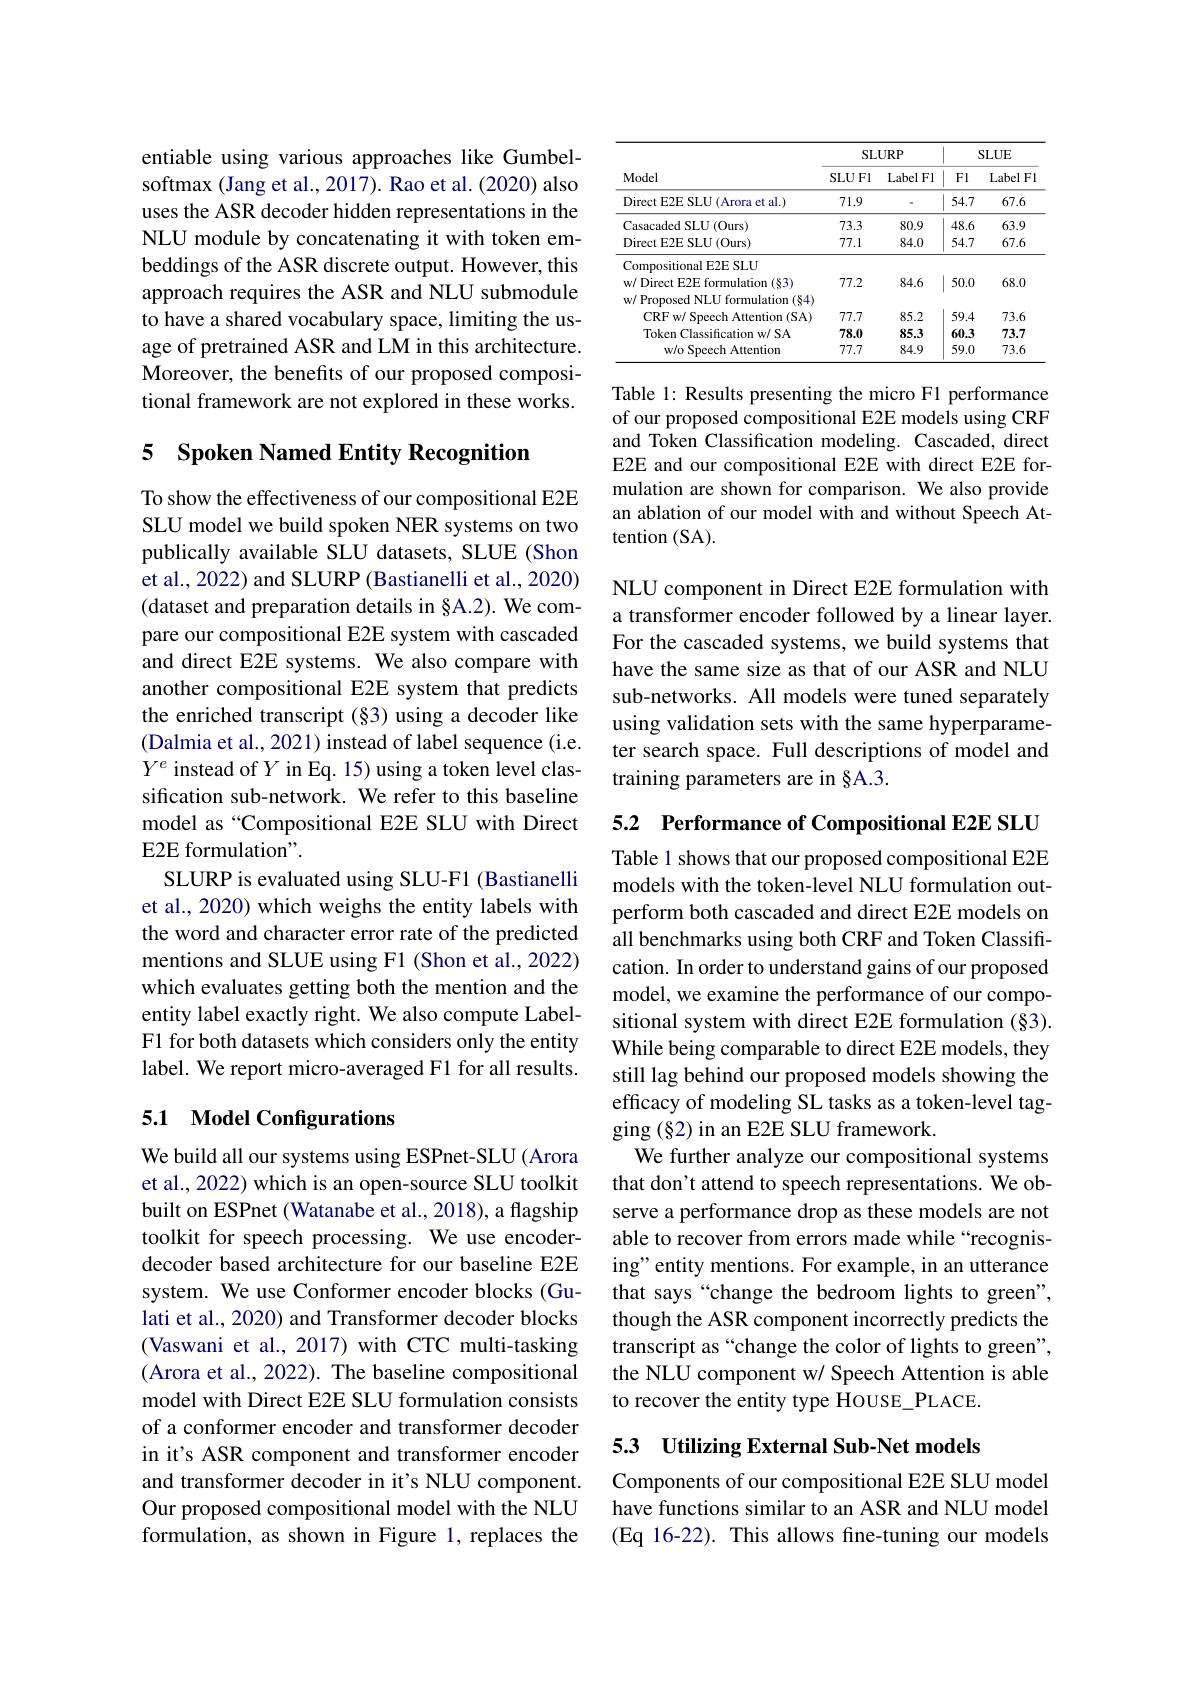
entiable using various approaches like Gumbelsoftmax (Jang et al., 2017). Rao et al. (2020) also uses the ASR decoder hidden representations in the NLU module by concatenating it with token embeddings of the ASR discrete output. However, this approach requires the ASR and NLU submodule to have a shared vocabulary space, limiting the usage of pretrained ASR and LM in this architecture. Moreover, the benefits of our proposed compositional framework are not explored in these works.

## 5 Spoken Named Entity Recognition

To show the effectiveness of our compositional E2E SLU model we build spoken NER systems on two publically available SLU datasets, SLUE (Shon et al., 2022) and SLURP (Bastianelli et al., 2020) (dataset and preparation details in §A.2). We compare our compositional E2E system with cascaded and direct E2E systems. We also compare with another compositional E2E system that predicts the enriched transcript (§3) using a decoder like (Dalmia et al., 2021) instead of label sequence (i.e. $Y^e$ instead of $Y$ in Eq. 15) using a token level classification sub-network. We refer to this baseline model as“Compositional E2E SLU with Direct E2E formulation".
SLURP is evaluated using SLU-F1 (Bastianelli et al., 2020) which weighs the entity labels with the word and character error rate of the predicted mentions and SLUE using F1 (Shon et al., 2022) which evaluates getting both the mention and the entity label exactly right. We also compute LabelF1 for both datasets which considers only the entity label. We report micro-averaged F1 for all results.

## 5.1 Model Configurations

We build all our systems using ESPnet-SLU (Arora et al., 2022) which is an open-source SLU toolkit built on ESPnet (Watanabe et al., 2018), a flagship toolkit for speech processing. We use encoderdecoder based architecture for our baseline E2E system. We use Conformer encoder blocks (Gulati et al., 2020) and Transformer decoder blocks (Vaswani et al., 2017) with CTC multi-tasking (Arora et al., 2022). The baseline compositional model with Direct E2E SLU formulation consists of a conformer encoder and transformer decoder in it's ASR component and transformer encoder and transformer decoder in it's NLU component. Our proposed compositional model with the NLU formulation, as shown in Figure 1, replaces the

<table>
	<tbody>
		<tr>
			<th rowspan="2">Model</th>
			<th colspan="2">$SLURP$</th>
			<th colspan="2">$SLUE$</th>
		</tr>
		<tr>
			<th>SLUFl</th>
			<th>LabelFl</th>
			<th>FI</th>
			<th>LabelFl</th>
		</tr>
		<tr>
			<td>Direct E2E SLU (Arora et al.)</td>
			<td>71.9</td>
			<td> </td>
			<td>54.7</td>
			<td>67.6</td>
		</tr>
		<tr>
			<td>Casacaded S SLU(0urs)</td>
			<td>73.3</td>
			<td>80.9</td>
			<td>48.6</td>
			<td>63.9</td>
		</tr>
		<tr>
			<td>Direct E2E SLU (Ours)</td>
			<td>77.1</td>
			<td>84.0</td>
			<td>54.7</td>
			<td>67.6</td>
		</tr>
		<tr>
			<td>Compositional E2E SLU</td>
			<td> </td>
			<td> </td>
			<td> </td>
			<td> </td>
		</tr>
		<tr>
			<td>w/ Direct E2E formulation (§3)</td>
			<td>77.2</td>
			<td>84.6</td>
			<td>50.0</td>
			<td>68.0</td>
		</tr>
		<tr>
			<td>w/ Proposed NLU formulation (§4)</td>
			<td> </td>
			<td> </td>
			<td> </td>
			<td> </td>
		</tr>
		<tr>
			<td>CRF w/ Speech Attention (SA)</td>
			<td>77.7</td>
			<td>85.2</td>
			<td>59.4</td>
			<td>73.6</td>
		</tr>
		<tr>
			<td>Token Classification w/ SA</td>
			<td>78.0</td>
			<td>85.3</td>
			<td>60.3</td>
			<td>73.7</td>
		</tr>
		<tr>
			<td>w/o Speech Attention</td>
			<td>77.7</td>
			<td>84.9</td>
			<td>59.0</td>
			<td>73.6</td>
		</tr>
	</tbody>
</table>

Table 1: Results presenting the micro F1 performance of our proposed compositional E2E models using CRF and Token Classification modeling. Cascaded, direct E2E and our compositional E2E with direct E2E formulation are shown for comparison. We also provide an ablation of our model with and without Speech Attention (SA).

NLU component in Direct E2E formulation with a transformer encoder followed by a linear layer. For the cascaded systems, we build systems that have the same size as that of our ASR and NLU sub-networks. All models were tuned separately using validation sets with the same hyperparameter search space. Full descriptions of model and training parameters are in §A.3.

5.2 Performance of Compositional E2E SLU

Table 1 shows that our proposed compositional E2E models with the token-level NLU formulation outperform both cascaded and direct E2E models on all benchmarks using both CRF and Token Classification. In order to understand gains of our proposed model, we examine the performance of our compositional system with direct E2E formulation (§3). While being comparable to direct E2E models, they still lag behind our proposed models showing the efficacy of modeling SL tasks as a token-level tagging $(\S2)$ in an E2E SLU framework.
We further analyze our compositional systems that don't attend to speech representations. We observe a performance drop as these models are not able to recover from errors made while “recognising" entity mentions. For example, in an utterance that says “change the bedroom lights to green", though the ASR component incorrectly predicts the transcript as “change the color of lights to green", the NLU component w/ Speech Attention is able to recover the entity type HousE\_PLACE.

## 5.3 Utilizing External Sub-Net models

Components of our compositional E2E SLU model have functions similar to an ASR and NLU model (Eq 16-22). This allows fine-tuning our models